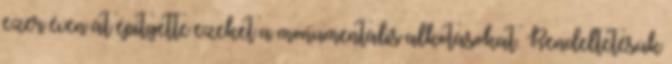
ezer éven át építgette ezeket a monumentális alkotásokat. Rendeltetésük